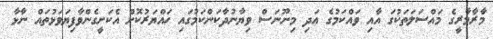
މަާރާމާރީގެ މައްސަލަތަކުގަ އާއި ވައްކަމުގެ އަދި މިނޫނަސް ވިޔާނުދާކަންކަމުގައި ހައްޔަރުކޮށް އެކަށީގެންވާފިޔަވަޅުތައް ނާޅާ